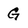
Character: G